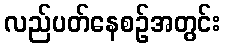
လည်ပတ်နေစဉ်အတွင်း